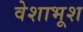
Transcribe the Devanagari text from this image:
वेशाभूश